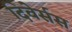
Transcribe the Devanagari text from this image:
दिवेर्सस